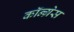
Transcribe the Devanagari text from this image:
कॉन्‍ग्रेस